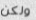
ولكن